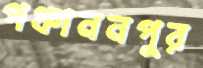
পঞ্চাননপুর